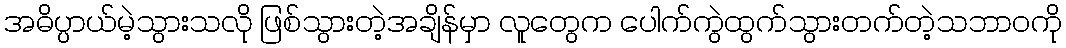
အဓိပ္ပာယ်မဲ့သွားသလို ဖြစ်သွားတဲ့အချိန်မှာ လူတွေက ပေါက်ကွဲထွက်သွားတက်တဲ့သဘာ၀ကို